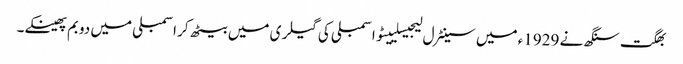
بھگت سنگھ نے 1929ء میں سینٹرل لیجیسلییٹو اسمبلی کی گیلری میں بیٹھ کر اسمبلی میں دو بم پھینکے۔